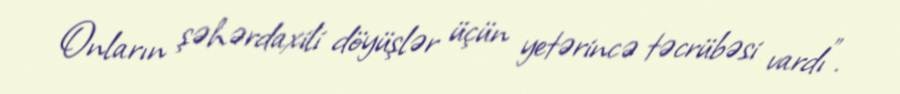
Onların şəhərdaxili döyüşlər üçün yetərincə təcrübəsi vardı”.